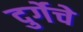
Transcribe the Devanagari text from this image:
दुर्गेचे